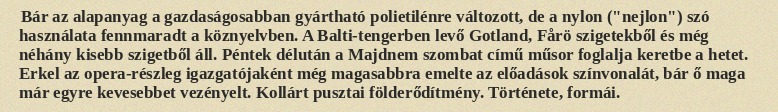
Bár az alapanyag a gazdaságosabban gyártható polietilénre változott, de a nylon ("nejlon") szó használata fennmaradt a köznyelvben. A Balti-tengerben levő Gotland, Fårö szigetekből és még néhány kisebb szigetből áll. Péntek délután a Majdnem szombat című műsor foglalja keretbe a hetet. Erkel az opera-részleg igazgatójaként még magasabbra emelte az előadások színvonalát, bár ő maga már egyre kevesebbet vezényelt. Kollárt pusztai földerődítmény. Története, formái.